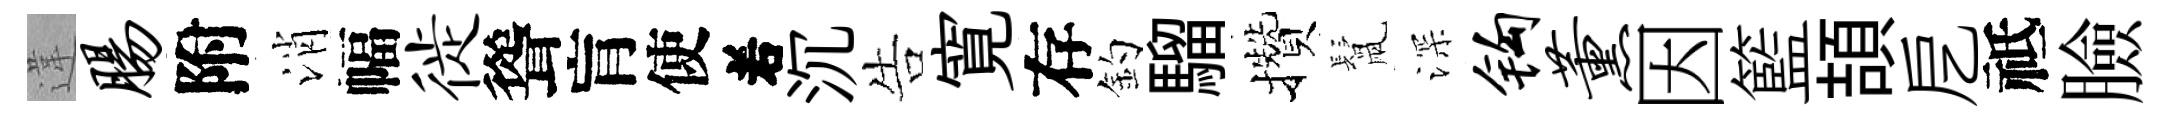
違肠附消幅徙聳肓使𠰥沉告寛存釣騮攢鬛深钩薰因籃頡戹祗臉